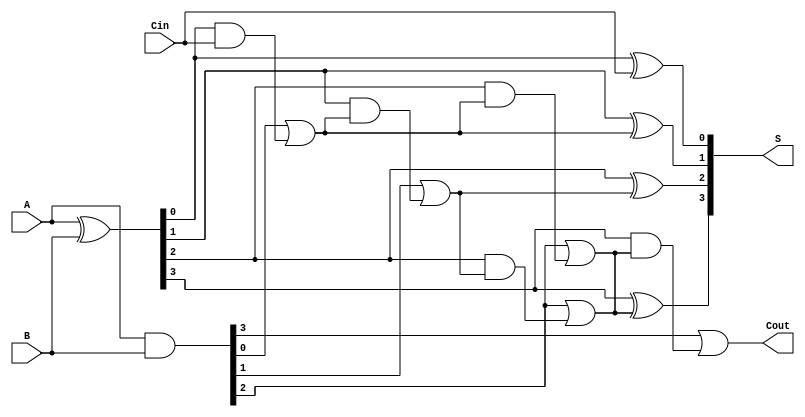
module Sklansky_Adder #(parameter N = 4) (
    input  [N-1:0] A,      // First n-bit input
    input  [N-1:0] B,      // Second n-bit input
    input          Cin,     // Carry input
    output [N-1:0] S,      // Sum output
    output         Cout     // Carry output
);

    // Generate and Propagate signals
    wire [N-1:0] G;  // Generate signals
    wire [N-1:0] P;  // Propagate signals
    wire [N:0] C;    // Carry signals

    // Generate and Propagate calculations
    assign G = A & B;         // G[i] = A[i] & B[i]
    assign P = A ^ B;         // P[i] = A[i] ^ B[i]

    // Carry computation
    assign C[0] = Cin;        // Initial carry input
    genvar i, j, k;

    // Level 1 carry computation
    generate
        for (i = 0; i < N; i = i + 1) begin : level1
            assign C[i+1] = G[i] | (P[i] & C[i]); // C1[i] = G[i] | (P[i] & C[i])
        end
    endgenerate

    // Higher level carry computation
    generate
        for (j = 1; j < N; j = j * 2) begin : higher_level
            for (i = 0; i < N; i = i + (j * 2)) begin : combine
                if (i + j < N) begin
                    assign C[i + j + 1] = G[i + j] | (P[i + j] & C[i + 1]); // C2[i] = G[i] | (P[i] & C[i+1])
                end
            end
        end
    endgenerate

    // Sum computation
    generate
        for (k = 0; k < N; k = k + 1) begin : sum
            assign S[k] = P[k] ^ C[k]; // S[i] = P[i] ^ C[i-1]
        end
    endgenerate

    // Final carry output
    assign Cout = C[N]; // Final carry out

endmodule